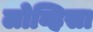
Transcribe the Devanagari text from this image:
लोव्हिसा